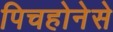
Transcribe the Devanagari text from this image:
पिचहोनेसे